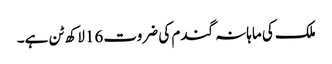
ملک کی ماہانہ گندم کی ضروت 16لاکھ ٹن ہے۔